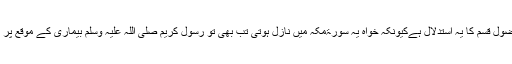
مگر جو استدلال کیا گیا ہے وہ بھی بودا ہے فضول قسم کا یہ استدلال ہےکیونکہ خواہ یہ سورۃمکہ میں نازل ہوتی تب بھی تو رسول کریم صلی اللہ علیہ وسلم بیماری کے موقع پر اس کو پڑھ کر اپنے اوپر پھونک سکتے تھے۔